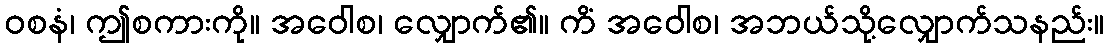
ဝစနံ၊ ဤစကားကို။ အဝေါစ၊ လျှောက်၏။ ကိံ အဝေါစ၊ အဘယ်သို့လျှောက်သနည်း။